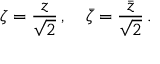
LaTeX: \zeta = { \frac { z } { \sqrt { 2 } } } \, , \quad { \bar { \zeta } } = { \frac { \bar { z } } { \sqrt { 2 } } } \, .